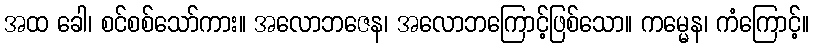
အထ ခေါ၊ စင်စစ်သော်ကား။ အလောဘဇေန၊ အလောဘကြောင့်ဖြစ်သော။ ကမ္မေန၊ ကံကြောင့်။